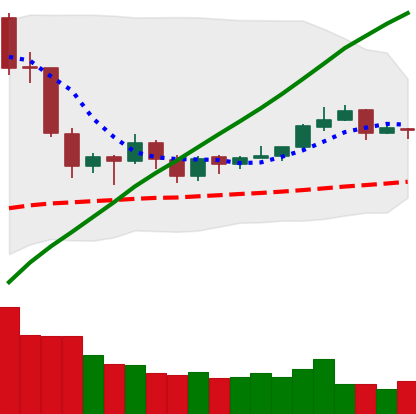
Ticker: EOS-USD
Chart end date: 2019-06-20
Forward return: 5.236%
Label: up_5_7